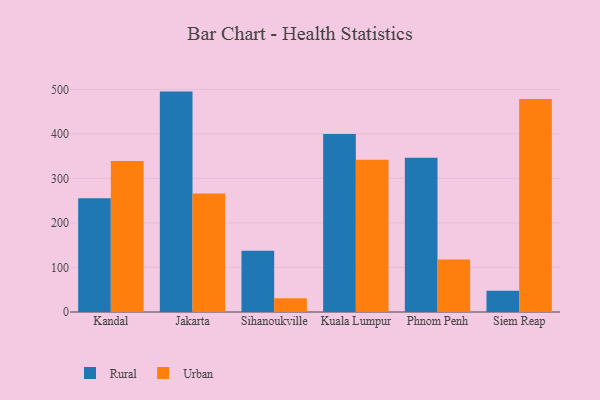
{"axis": {"x": "City", "y": "Market Share (%)"}, "legend": ["Rural", "Urban"], "data": [{"x": "Kandal", "y": 255.2, "type": "Rural"}, {"x": "Kandal", "y": 338.9, "type": "Urban"}, {"x": "Jakarta", "y": 494.9, "type": "Rural"}, {"x": "Jakarta", "y": 266.1, "type": "Urban"}, {"x": "Sihanoukville", "y": 137.8, "type": "Rural"}, {"x": "Sihanoukville", "y": 31.0, "type": "Urban"}, {"x": "Kuala Lumpur", "y": 399.6, "type": "Rural"}, {"x": "Kuala Lumpur", "y": 342.1, "type": "Urban"}, {"x": "Phnom Penh", "y": 346.5, "type": "Rural"}, {"x": "Phnom Penh", "y": 117.7, "type": "Urban"}, {"x": "Siem Reap", "y": 47.8, "type": "Rural"}, {"x": "Siem Reap", "y": 478.2, "type": "Urban"}]}